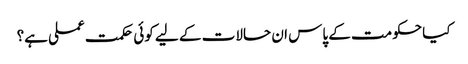
کیا حکومت کے پاس ان حالات کے لیے کوئی حکمت عملی ہے؟